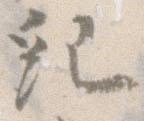
紀